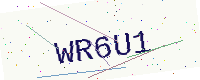
Text: WR6U1